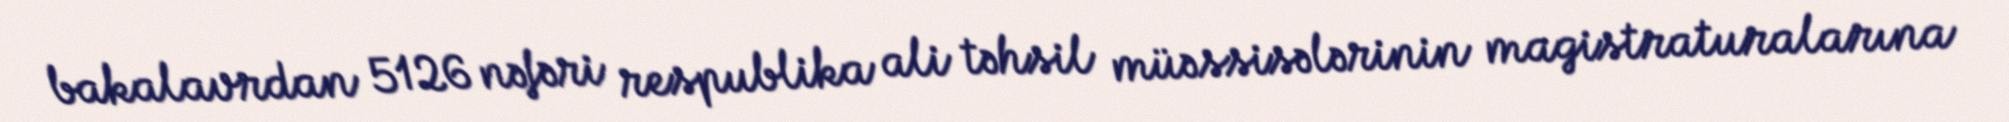
bakalavrdan 5126 nəfəri respublika ali təhsil müəssisələrinin magistraturalarına